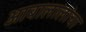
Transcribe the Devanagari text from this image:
आबालालांचा